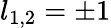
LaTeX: l_{1,2}=\pm 1